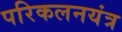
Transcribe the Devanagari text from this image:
परिकलनयंत्र